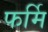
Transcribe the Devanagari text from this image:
फर्मि